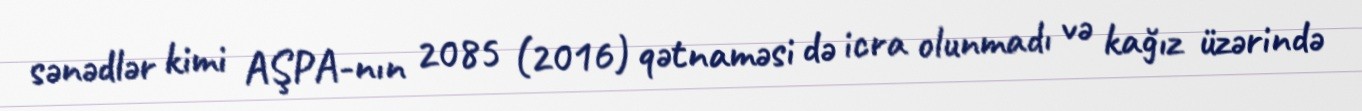
sənədlər kimi AŞPA-nın 2085 (2016) qətnaməsi də icra olunmadı və kağız üzərində